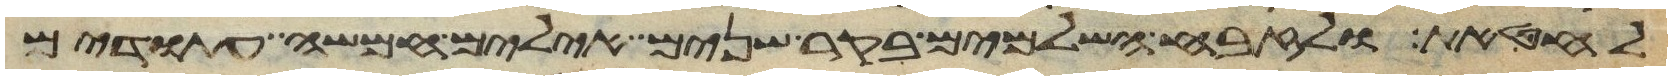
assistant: לחטאת ולזבח השלמים בקר שנים אילים חמשה עתודים